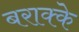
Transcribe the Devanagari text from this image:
बराक्के